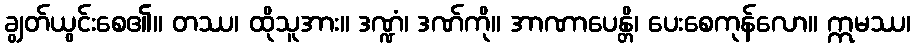
ချွတ်ယွင်းစေ၏။ တဿ၊ ထိုသူအား။ ဒဏ္ဍံ၊ ဒဏ်ကို။ အာဏာပေန္တိ၊ ပေးစေကုန်လော။ ဣမဿ၊